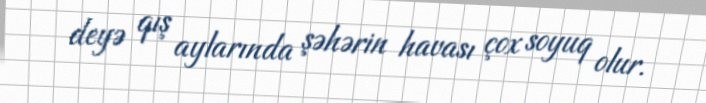
deyə qış aylarında şəhərin havası çox soyuq olur.